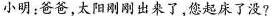
小明：爸爸，太阳刚刚出来了，您起床了没?